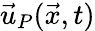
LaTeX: {\vec{u}}_{P}({\vec{x}},t)